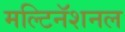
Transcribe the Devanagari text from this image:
मल्टिनॅशनल